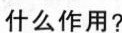
什么作用?